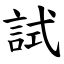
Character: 試